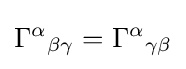
\Gamma ^{\alpha }{}_{\beta \gamma }=\Gamma ^{\alpha }{}_{\gamma \beta }